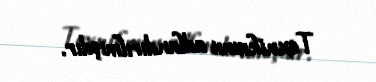
Texnikumu adlandırılmışdır.